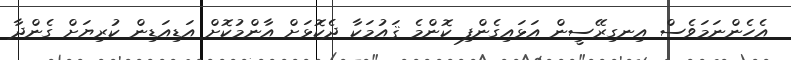
އެހެންނަމަވެސް އިނގިރޭސީން އަޅައިގެންފި ކޮންމެ ޤައުމަކާ ދެކޮޅަށް އާންމުކޮށް އަޑިއަޑިން ކުރިޔަށް ގެންދާ